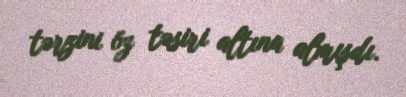
tərzini öz təsiri altına almışdı.